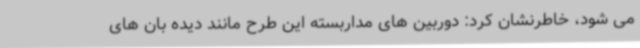
می شود، خاطرنشان کرد: دوربین های مداربسته این طرح مانند دیده بان های